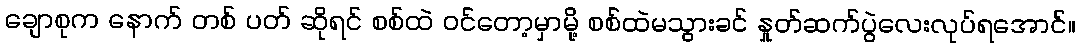
ချောစုက နောက် တစ် ပတ် ဆိုရင် စစ်ထဲ ဝင်တော့မှာမို့ စစ်ထဲမသွားခင် နှုတ်ဆက်ပွဲလေးလုပ်ရအောင်။